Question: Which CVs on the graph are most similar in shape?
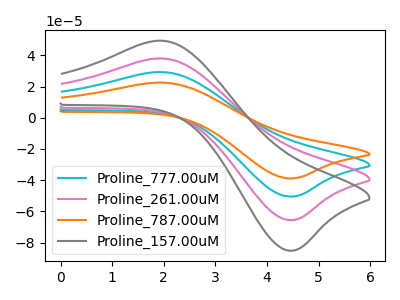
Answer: <think>The cyan curve "Proline_777.00uM" has an anodic peak at (1.95V, 76.00uA) and a cathodic peak at (4.50V, -131.05uA). The pink curve "Proline_261.00uM" has an anodic peak at (1.95V, 38.00uA) and a cathodic peak at (4.50V, -65.55uA). The orange curve "Proline_787.00uM" has an anodic peak at (1.95V, 114.00uA) and a cathodic peak at (4.50V, -196.60uA). The gray curve "Proline_157.00uM" has an anodic peak at (1.95V, 49.35uA) and a cathodic peak at (4.50V, -85.10uA).
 All the peaks in "Proline_777.00uM" have a peak in "Proline_261.00uM" at the same potential. Every peak in "Proline_777.00uM" is higher than every peak in "Proline_261.00uM". All the peaks in "Proline_777.00uM" have a peak in "Proline_787.00uM" at the same potential. Every peak in "Proline_777.00uM" is lower than every peak in "Proline_787.00uM". All the peaks in "Proline_777.00uM" have a peak in "Proline_157.00uM" at the same potential. Every peak in "Proline_777.00uM" is higher than every peak in "Proline_157.00uM". All the peaks in "Proline_261.00uM" have a peak in "Proline_787.00uM" at the same potential. Every peak in "Proline_261.00uM" is lower than every peak in "Proline_787.00uM". All the peaks in "Proline_261.00uM" have a peak in "Proline_157.00uM" at the same potential. Every peak in "Proline_261.00uM" is lower than every peak in "Proline_157.00uM". All the peaks in "Proline_787.00uM" have a peak in "Proline_157.00uM" at the same potential. Every peak in "Proline_787.00uM" is higher than every peak in "Proline_157.00uM".</think>
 <answer>"Proline_157.00uM", "Proline_777.00uM", "Proline_261.00uM" and "Proline_787.00uM" have the same shape and are likely CV's of the same chemical.</answer>
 <eval>"Proline_157.00uM" "Proline_777.00uM" "Proline_261.00uM" "Proline_787.00uM"</eval>